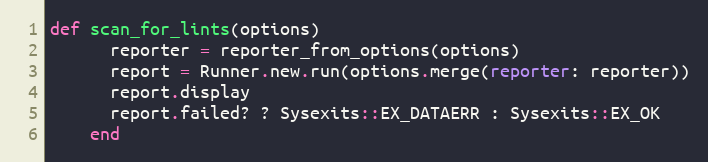
Language: Ruby
def scan_for_lints(options)
      reporter = reporter_from_options(options)
      report = Runner.new.run(options.merge(reporter: reporter))
      report.display
      report.failed? ? Sysexits::EX_DATAERR : Sysexits::EX_OK
    end